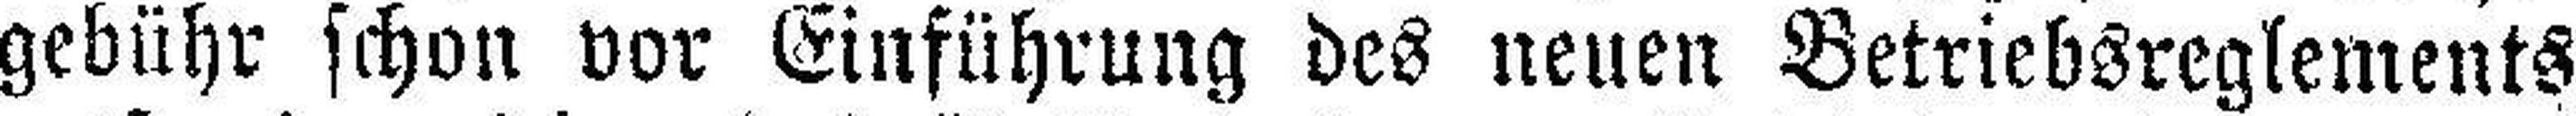
gebühr schon vor Einführung des neuen Betriebsreglements